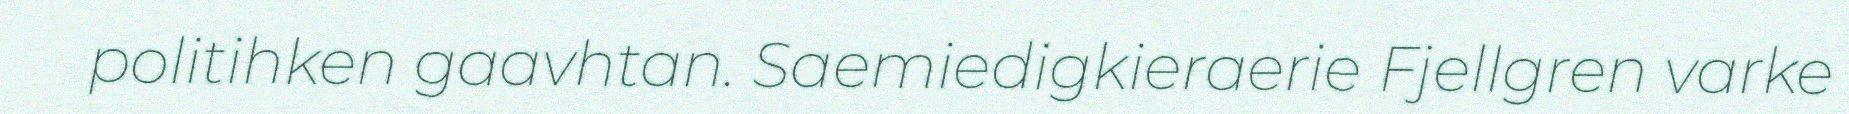
politihken gaavhtan. Saemiedigkieraerie Fjellgren varke